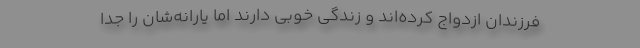
فرزندان ازدواج کرده‌اند و زندگی خوبی دارند اما یارانه‌شان را جدا